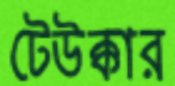
টেউক্কার